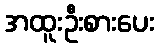
အထူးဦးစားပေး